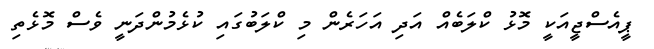
ޕީއެސްޖީއަކީ މޮޅު ކްލަބެއް އަދި އަހަރެން މި ކްލަބުގައި ކުޅެމުންދަނީ ވެސް މޮޅެތި